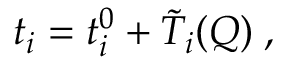
t _ { i } = t _ { i } ^ { 0 } + \tilde { T } _ { i } ( Q ) \; ,